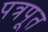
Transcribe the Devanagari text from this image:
पत्रपूत